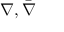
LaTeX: \nabla , { \bar { \nabla } }